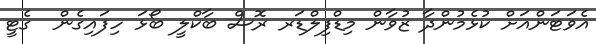
އެވަޓަންއަށް ކުޅެމުންދާ ޒުވާން މިޑްފިލްޑަރ ރޮސް ބާކްލީ ބޯޅަ ހިފައިގެން  ގެޓީ